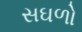
સઘળો